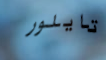
تايلور